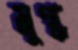
মুগ্ধ